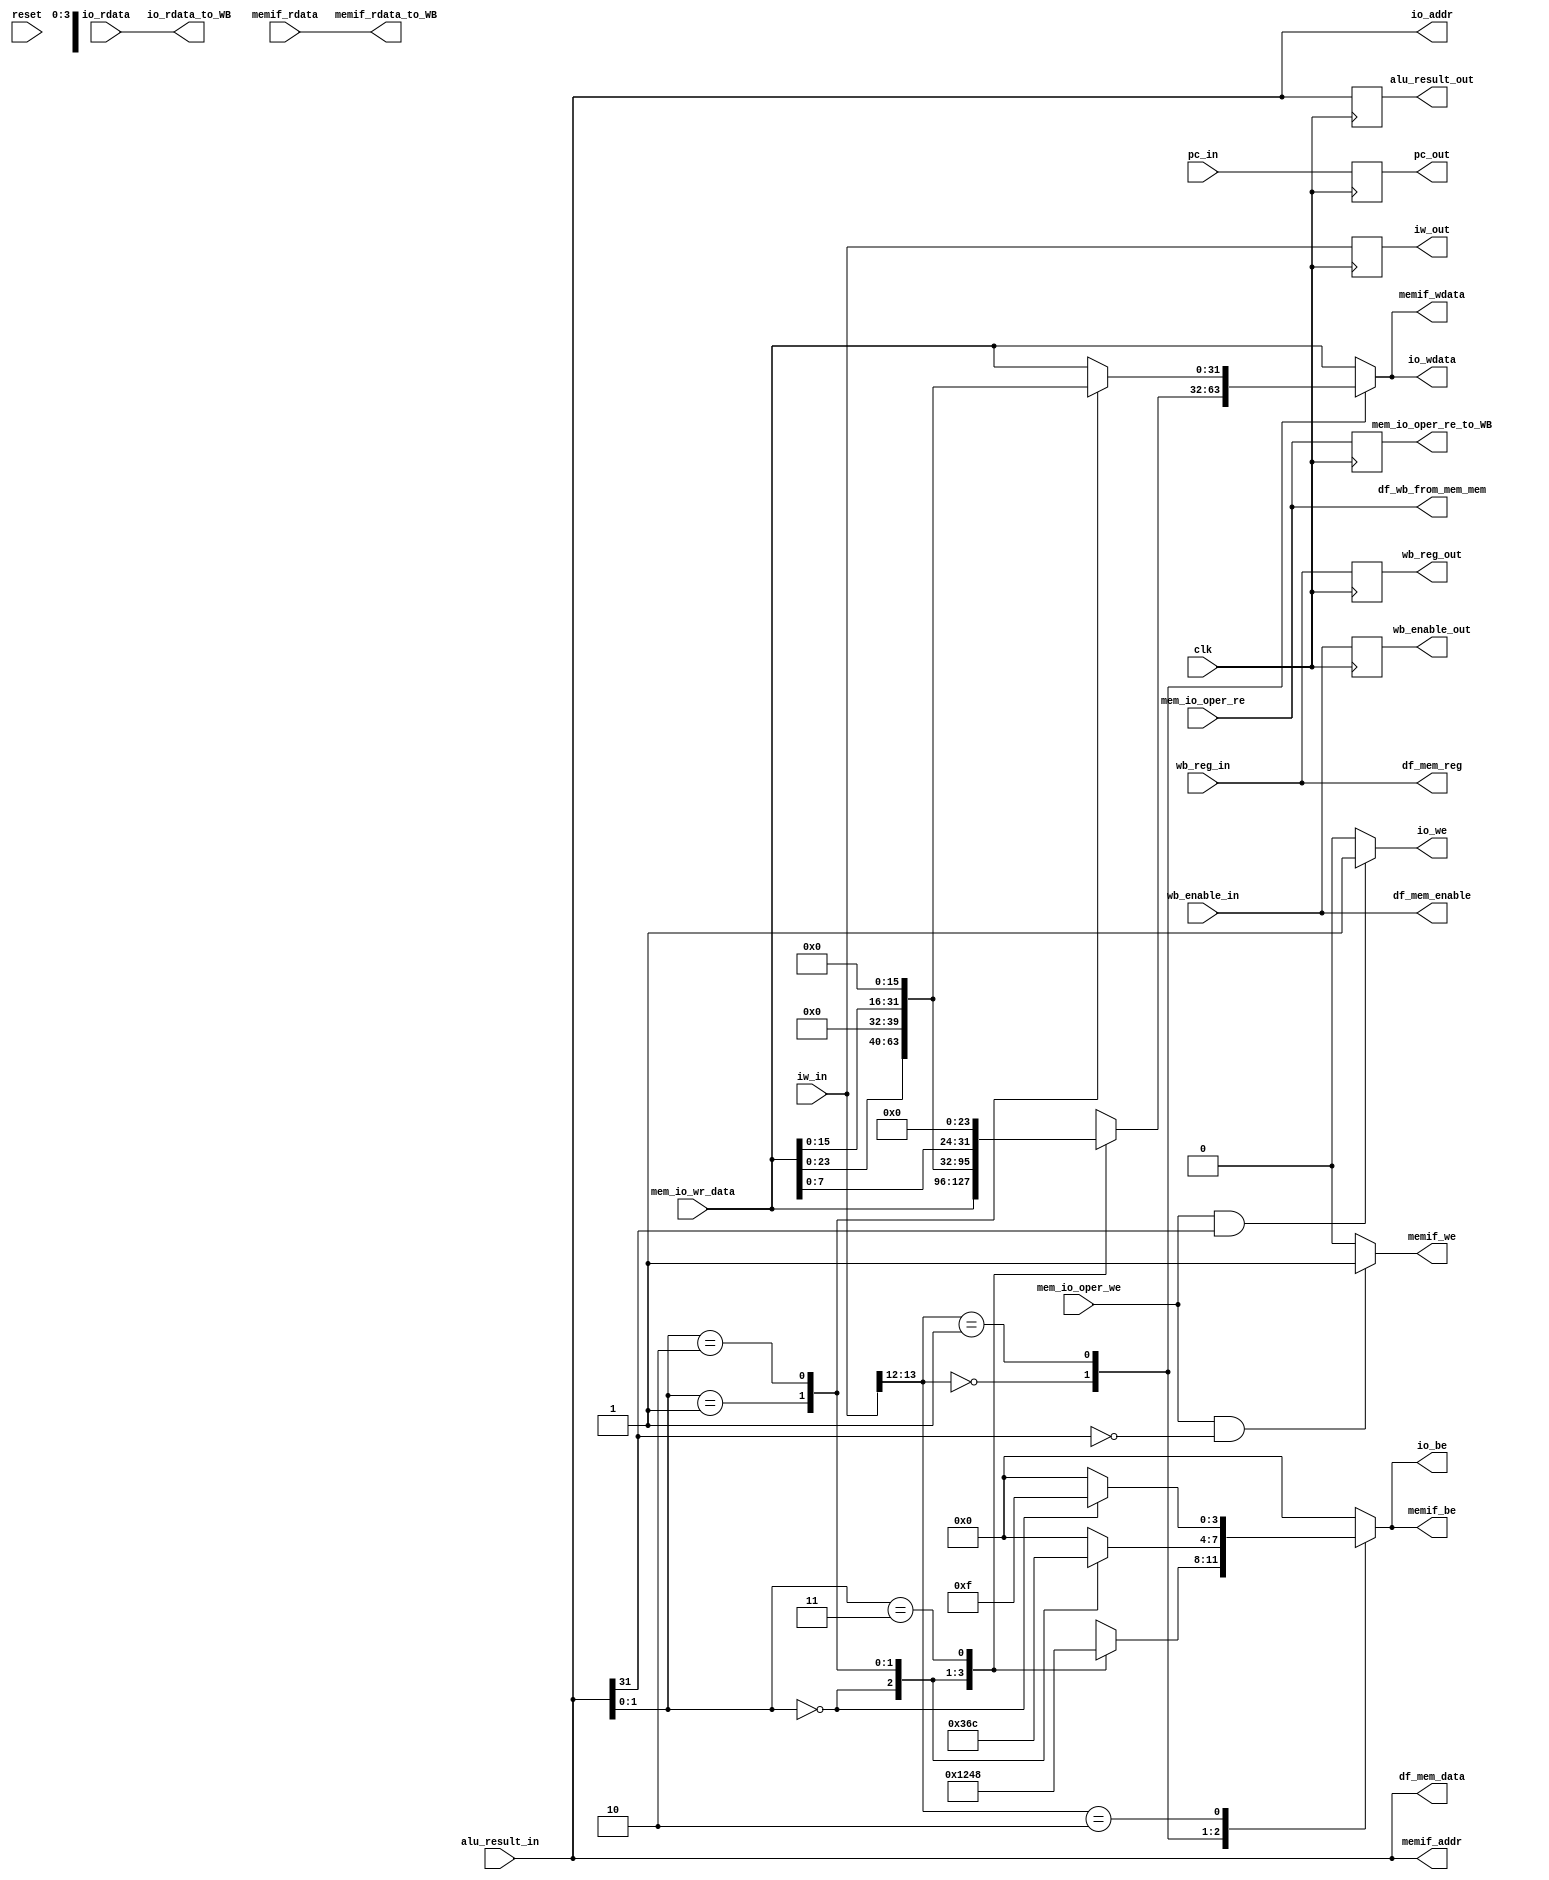
module rv32_mem_top
(
	// system clock and synchronous reset
	input 					clk					,
	input 					reset					,
	
	// from ex
	input 		[31:0] 	pc_in					,
	input			[31:0] 	iw_in					,
	input			[31:0]	alu_result_in		,
	input 		[4:0] 	wb_reg_in			,
	input 					wb_enable_in		,
	input						mem_io_oper_re		,
	input						mem_io_oper_we		,
	input 		[31:0]	mem_io_wr_data		,
	
	//memory interface
	output		[31:0]	memif_addr			,
	input			[31:0]	memif_rdata			,
	output					memif_we				,
	output		[3:0]		memif_be				,
	output		[31:0]	memif_wdata			,
	
	//io interface
	output		[31:0]	io_addr				,
	input			[31:0]	io_rdata				,
	output					io_we					,
	output		[3:0]		io_be					,
	output		[31:0]	io_wdata				, 
	
	// to wb
	output reg 	[31:0] 	pc_out					,
	output reg 	[31:0] 	iw_out					,
	output reg 	[31:0] 	alu_result_out			,
	output reg 	[4:0] 	wb_reg_out				,
	output reg 				wb_enable_out			,
	output		[31:0]	memif_rdata_to_WB		,
	output		[31:0]	io_rdata_to_WB			,
	output reg				mem_io_oper_re_to_WB	,
	
	//Load hazard detection to ID stage 
	output 					df_wb_from_mem_mem	,
	
	//to id stage for hazard detection 
	output					df_mem_enable		,
	output		[4:0]		df_mem_reg			,
	output 		[31:0]	df_mem_data		
);

	wire				signed_0_unsigned_1			;
	wire 	[1:0]		width								; 
	wire	[1:0]		byte_addr						;
	wire 	[35:0]	d_be_wdata						;
	wire [105:0] 	debug_data						; 

	assign width					=	iw_in[13:12]														;//funct3[1:0]
	assign signed_0_unsigned_1	=	iw_in[14]															;//funct3[2]
	assign byte_addr				=	alu_result_in[1:0]												;//Last two bits of memory address
	
	assign d_be_wdata				=	ram_byte_enables_and_data(width,byte_addr,mem_io_wr_data)	;
	
	//for reading from memory
	assign memif_addr				=	alu_result_in														;//computed memory address for load instruction and store instruction 
	
	//for writing to memory
	assign memif_be 				= 	d_be_wdata[3:0]													;
	assign memif_wdata			=	d_be_wdata[35:4]													;
	assign memif_we				=	(mem_io_oper_we & (~alu_result_in[31]))? 1'b1 :1'b0	;			
	
	//for reading from io
	assign io_addr					=	alu_result_in														;
	
	//for writing to io
	assign io_be 					= 	d_be_wdata[3:0]													;
	assign io_wdata				=	d_be_wdata[35:4]													;
	assign io_we					=	(mem_io_oper_we & alu_result_in[31])? 1'b1 :1'b0		;			
			
			
	always @(posedge clk)
	begin
		alu_result_out				<=	alu_result_in				;
		pc_out						<=	pc_in							;
		iw_out						<=	iw_in							;
		wb_reg_out					<=	wb_reg_in					;
		wb_enable_out				<=	wb_enable_in				;
		mem_io_oper_re_to_WB		<=	mem_io_oper_re				;
	end 
	
	
	assign memif_rdata_to_WB	=	memif_rdata	;
	assign io_rdata_to_WB		=	io_rdata		;

	
	//data hazard detection required signlas 
	assign df_mem_enable	=	wb_enable_in			;
	assign df_mem_reg		=	wb_reg_in				;
	assign df_mem_data	=	alu_result_in			;
	
	//Load hazard detection required signal to ID block 
	assign df_wb_from_mem_mem	=	mem_io_oper_re	;
		
	
	
//	 assign debug_data[31:0]  		= alu_result_in		;
//	 assign debug_data[63:32]  	= iw_in					;
//	 assign debug_data[95:64]  	= io_wdata				;
//	 assign debug_data[99:96]  	= io_be					;
//	 assign debug_data[103:100]  	= 4'b0000				;
//	 assign debug_data[104]  		= io_we					;
//	 assign debug_data[105]  		= mem_io_oper_we		;
//	
//		 
//	 	IO_MODULE_ILA MEM_ILA 
//		(
//			.acq_data_in    (debug_data)	,  //     tap.acq_data_in
//			.acq_trigger_in (reset)			, 	//    .acq_trigger_in
//			.acq_clk        (clk)         	// 	acq_clk.clk
//		);
	
	/////////////////////////////////////////////////////////
	//////Functions 
	/////////////////////////////////////////////////////////	

	function [35:0] 	ram_byte_enables_and_data	;
		input [1:0] 	width 							;
		input	[1:0]		byte_addr						;
		input [31:0] 	data								;
		
		parameter BYTE 	= 2'd0	;
		parameter H_WORD 	= 2'd1	;
		parameter WORD 	= 2'd2	;
		
	begin
		case(width)
			BYTE		:
							case(byte_addr)
								2'd0:
								begin
									ram_byte_enables_and_data[3:0] = 4'b0001		;
									ram_byte_enables_and_data[35:4] = data			;
								end 
								2'd1:
								begin
									ram_byte_enables_and_data[3:0] = 4'b0010		;
									ram_byte_enables_and_data[35:4] = data	<< 8	;
								end 
								2'd2:
								begin
									ram_byte_enables_and_data[3:0] = 4'b0100		;
									ram_byte_enables_and_data[35:4] = data	<< 16	;
								end 
								2'd3:
								begin
									ram_byte_enables_and_data[3:0] = 4'b1000		;
									ram_byte_enables_and_data[35:4] = data	<< 24	;
								end 
							endcase 
							
			H_WORD	:
							case(byte_addr)
								2'd0:
								begin
									ram_byte_enables_and_data[3:0] = 4'b0011		;
									ram_byte_enables_and_data[35:4] = data			;
								end 
								2'd1:
								begin
									ram_byte_enables_and_data[3:0] = 4'b0110		;
									ram_byte_enables_and_data[35:4] = data	<< 8	;
								end 
								2'd2:
								begin
									ram_byte_enables_and_data[3:0] = 4'b1100		;
									ram_byte_enables_and_data[35:4] = data	<< 16	;
								end 
								
								default:
								begin 
									ram_byte_enables_and_data[3:0] = 4'b0000		;
									ram_byte_enables_and_data[35:4] = data			;
								end 
							endcase 
							
			WORD	:
							case(byte_addr)
								2'd0:
								begin
									ram_byte_enables_and_data[3:0] = 4'b1111		;
									ram_byte_enables_and_data[35:4] = data			;
								end 
								
								default:
								begin 
									ram_byte_enables_and_data[3:0] = 4'b0000		;
									ram_byte_enables_and_data[35:4] = data			;
								end  
							endcase 
							
			default:
			begin 
				ram_byte_enables_and_data[3:0] = 4'b0000		;
				ram_byte_enables_and_data[35:4] = data			;
			end 
		endcase
	end
	endfunction	

	
endmodule